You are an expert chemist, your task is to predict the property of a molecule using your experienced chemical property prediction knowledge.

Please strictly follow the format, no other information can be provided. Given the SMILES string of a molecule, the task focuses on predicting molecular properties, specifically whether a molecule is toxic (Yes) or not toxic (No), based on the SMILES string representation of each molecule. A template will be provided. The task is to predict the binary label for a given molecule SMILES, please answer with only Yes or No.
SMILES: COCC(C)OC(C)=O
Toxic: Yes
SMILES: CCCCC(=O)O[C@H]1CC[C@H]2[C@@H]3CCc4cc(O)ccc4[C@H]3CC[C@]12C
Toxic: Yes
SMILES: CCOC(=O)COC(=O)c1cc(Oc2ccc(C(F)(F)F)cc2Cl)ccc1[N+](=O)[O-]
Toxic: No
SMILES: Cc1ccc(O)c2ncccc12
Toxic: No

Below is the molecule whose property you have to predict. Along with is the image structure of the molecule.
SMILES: CC1(C)C(=O)N(Cl)C(=O)N1Br
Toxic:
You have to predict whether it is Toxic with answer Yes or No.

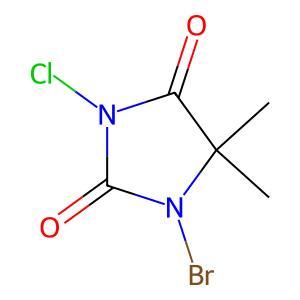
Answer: No